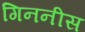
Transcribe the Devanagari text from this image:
गिननीस